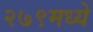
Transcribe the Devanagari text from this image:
२७९मध्ये